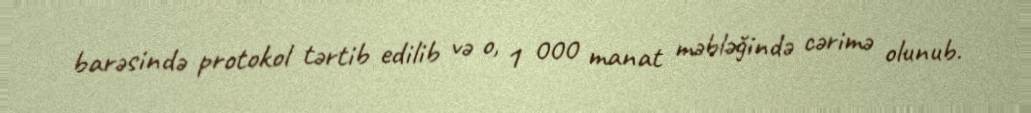
barəsində protokol tərtib edilib və o, 1 000 manat məbləğində cərimə olunub.